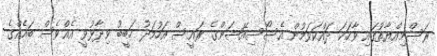
ރަސްމިއްޔާތުގައި ވާހަކަ ދައްކަވަމުން އެސޯސިއޭޝަންގެ ރައީސް އަހުމަދު ހަބީބު ވިދާޅުވީ އެއްވެސް ބައެއްގެ